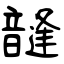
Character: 韼